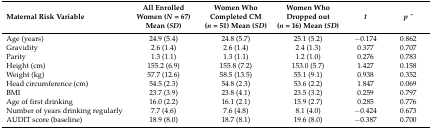
| Maternal Risk Variable | All Enrolled Women (N = 67) Mean (SD) | Women Who Completed CM (n = 51) Mean (SD) | Women Who Dropped out (n = 16) Mean (SD) | t | p ^ |
 | --- | --- | --- | --- | --- | --- |
 | Age (years) | 24.9 (5.4) | 24.8 (5.7) | 25.1 (5.2) | −0.174 | 0.862 |
 | Gravidity | 2.6 (1.4) | 2.6 (1.4) | 2.4 (1.3) | 0.377 | 0.707 |
 | Parity | 1.3 (1.1) | 1.3 (1.1) | 1.2 (1.0) | 0.276 | 0.783 |
 | Height (cm) | 155.2 (6.9) | 155.8 (7.2) | 153.0 (5.7) | 1.427 | 0.158 |
 | Weight (kg) | 57.7 (12.6) | 58.5 (13.5) | 55.1 (9.1) | 0.938 | 0.352 |
 | Head circumference (cm) | 54.5 (2.3) | 54.8 (2.3) | 53.6 (2.2) | 1.847 | 0.069 |
 | BMI | 23.7 (3.9) | 23.8 (4.1) | 23.5 (3.2) | 0.259 | 0.797 |
 | Age of first drinking | 16.0 (2.2) | 16.1 (2.1) | 15.9 (2.7) | 0.285 | 0.776 |
 | Number of years drinking regularly | 7.7 (4.6) | 7.6 (4.8) | 8.1 (4.0) | −0.424 | 0.673 |
 | AUDIT score (baseline) | 18.9 (8.0) | 18.7 (8.1) | 19.6 (8.0) | −0.387 | 0.700 |